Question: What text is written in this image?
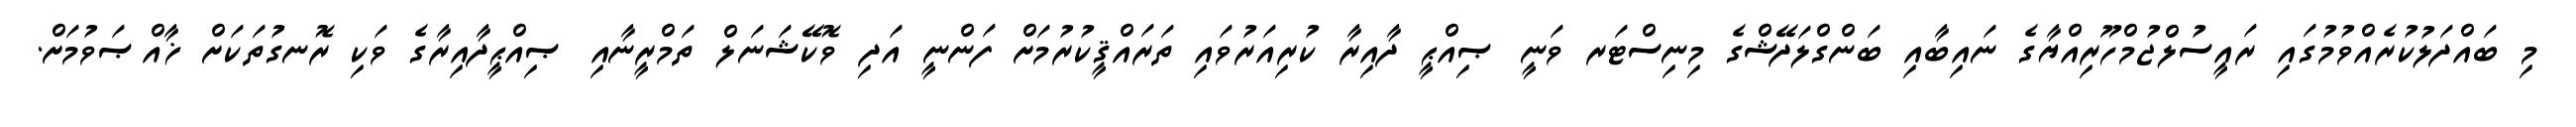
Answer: މި ބައްދަލުކުރެއްވުމުގައި ރައީސުލްޖުމްހޫރިއްޔާގެ ނައިބާއި ބަންގްލަދޭޝްގެ މިނިސްޓަރ ވަނީ ޞިއްޙީ ދާއިރާ ކުރިއަރުވައި ތަރައްޤީކުރުމަށް ފަންނީ އަދި ވޮކޭޝަނަލް ތަމްރީނާއި ޞިއްޙީދާއިރާގެ ވަކި ރޮނގުތަކަށް ޚާއްޞަވުމަށް.